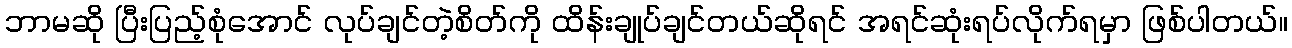
ဘာမဆို ပြီးပြည့်စုံအောင် လုပ်ချင်တဲ့စိတ်ကို ထိန်းချုပ်ချင်တယ်ဆိုရင် အရင်ဆုံးရပ်လိုက်ရမှာ ဖြစ်ပါတယ်။